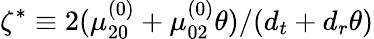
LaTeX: \zeta^{*}\equiv 2(\mu_{20}^{(0)}+\mu_{02}^{(0)}\theta)/({d_{t}}+{d_{r}}\theta)